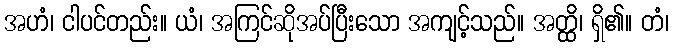
အဟံ၊ ငါပင်တည်း။ ယံ၊ အကြင်ဆိုအပ်ပြီးသော အကျင့်သည်။ အတ္ထိ၊ ရှိ၏။ တံ၊